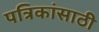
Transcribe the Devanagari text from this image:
पत्रिकांसाठी